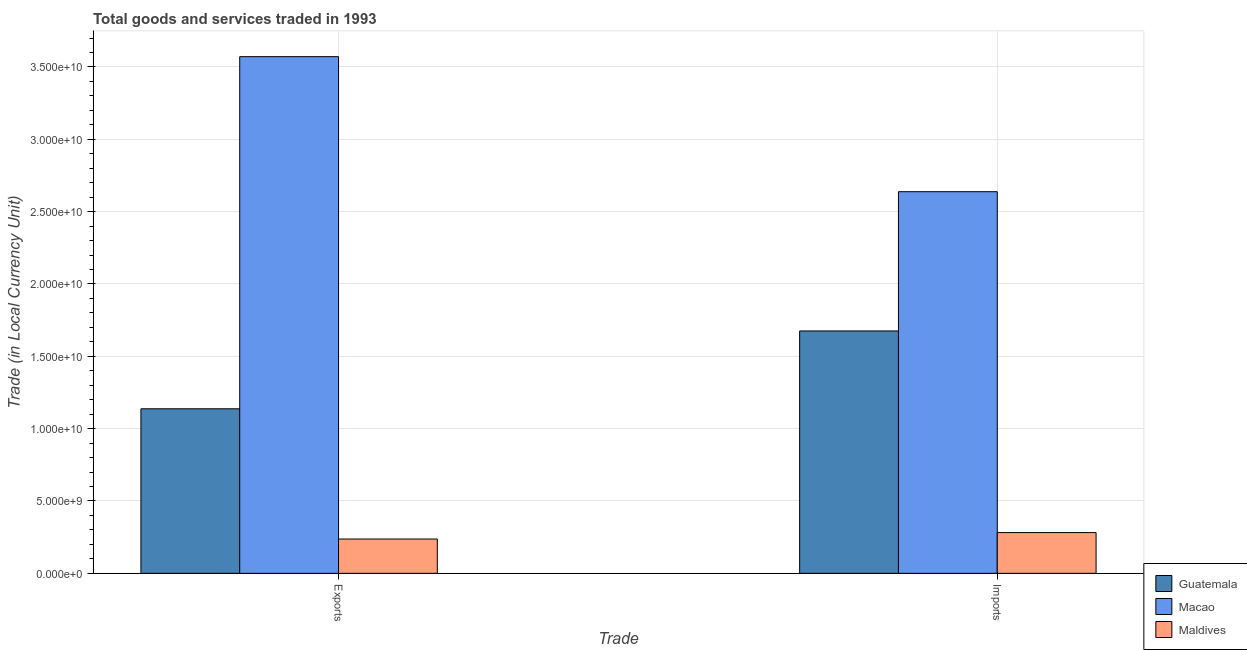
| Trade | Guatemala | Macao | Maldives |
 | --- | --- | --- | --- |
 | Exports | 1.14e+10 | 3.57e+10 | 2.37e+09 |
 | Imports | 1.68e+10 | 2.64e+10 | 2.82e+09 |